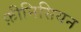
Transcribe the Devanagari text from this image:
फ़ीनिसियन